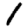
Digit: 1